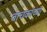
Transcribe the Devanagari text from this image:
वाचकांच्‍या